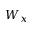
W _ { x }